Report of the Imperial Institute of Veterinary Research, Muktesar
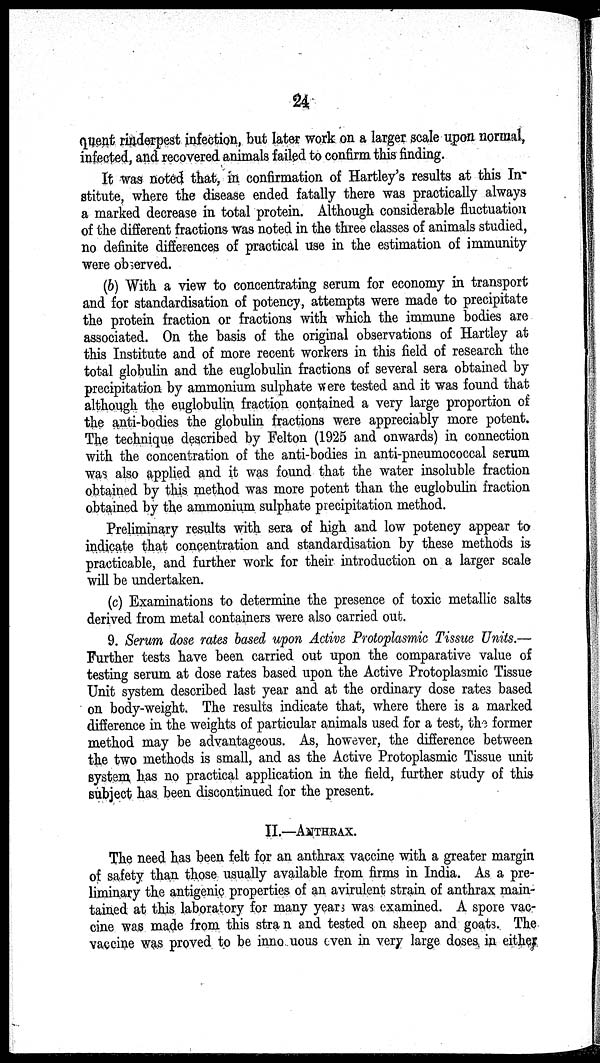
24
quent rinderpest infection, but later work on a larger scale upon normal,
infected, and recovered animals failed to confirm this finding.
It was noted that, in confirmation of Hartley's results at this In¬
stitute, where the disease ended fatally there was practically always
a marked decrease in total protein. Although considerable fluctuation
of the different fractions was noted in the three classes of animals studied,
no definite differences of practical use in the estimation of immunity
were observed.
(b) With a view to concentrating serum for economy in transport
and for standardisation of potency, attempts were made to precipitate
the protein fraction or fractions with which the immune bodies are
associated. On the basis of the original observations of Hartley at
this Institute and of more recent workers in this field of research the
total globulin and the euglobulin fractions of several sera obtained by
precipitation by ammonium sulphate were tested and it was found that
although the euglobulin fraction contained a very large proportion of
the anti-bodies the globulin fractions were appreciably more potent.
The technique described by Felton (1925 and onwards) in connection
with the concentration of the anti-bodies in anti-pneumococcal serum
was also applied and it was found that the water insoluble fraction
obtained by this method was more potent than the euglobulin fraction
obtained by the ammonium sulphate precipitation method.
Preliminary results with sera of high and low potency appear to
indicate that concentration and standardisation by these methods is
practicable, and further work for their introduction on a larger scale
will be undertaken.
(c) Examinations to determine the presence of toxic metallic salts
derived from metal containers were also carried out.
9. Serum dose rates based upon Active Protoplasmic Tissue Units.—
Further tests have been carried out upon the comparative value of
testing serum at dose rates based upon the Active Protoplasmic Tissue
Unit system described last year and at the ordinary dose rates based
on body-weight. The results indicate that, where there is a marked
difference in the weights of particular animals used for a test, the former
method may be advantageous. As, however, the difference between
the two methods is small, and as the Active Protoplasmic Tissue unit
system has no practical application in the field, further study of this
subject has been discontinued for the present.
II.—ANTHRAX.
The need has been felt for an anthrax vaccine with a greater margin
of safety than those usually available from firms in India. As a pre-
liminary the antigenic properties of an avirulent strain of anthrax main-
tained at this laboratory for many years was examined. A spore vac-
cine was made from this strain and tested on sheep and goats. The
vaccine was proved to be innocuous even in very large doses in either